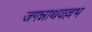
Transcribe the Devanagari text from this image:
जगन्नाथवल्लभ